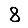
Digit: 8